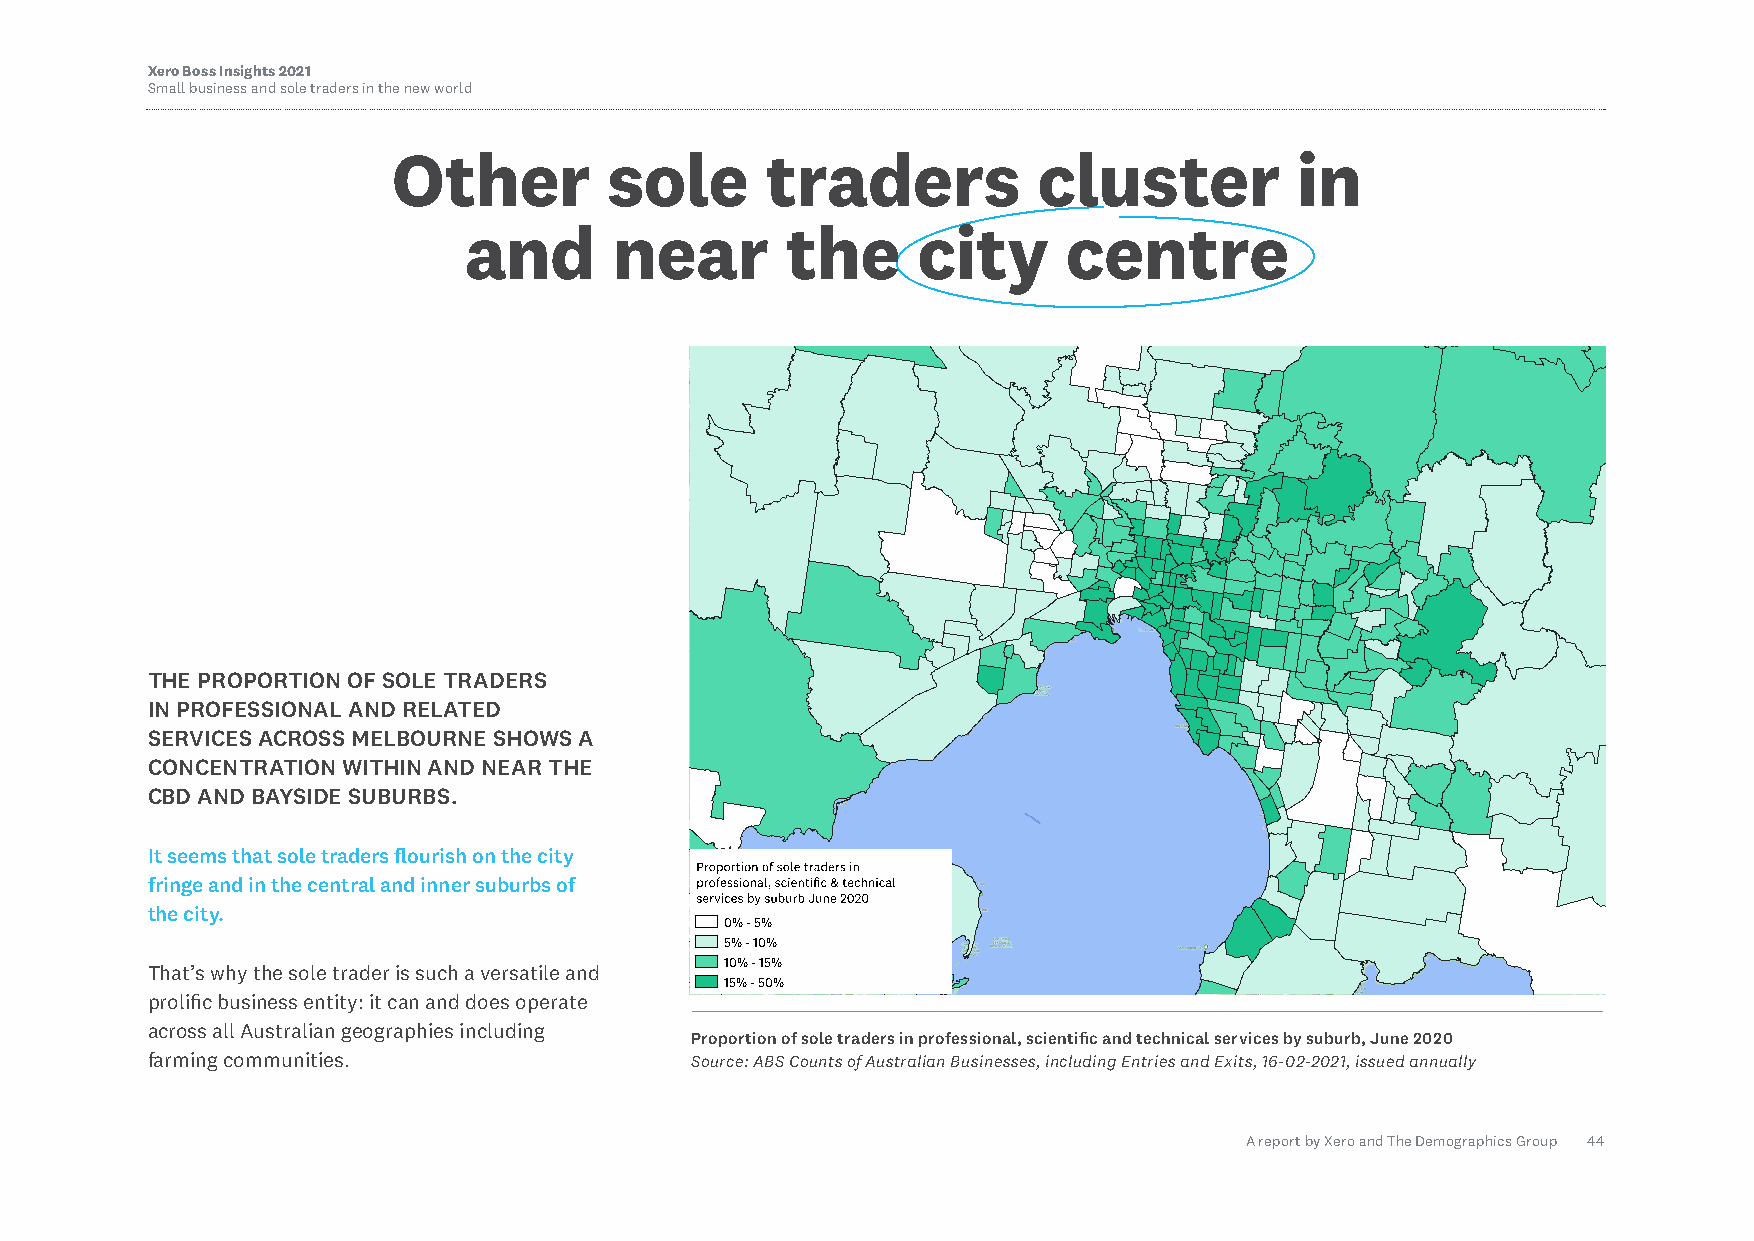
Xero Boss Insights 2021
 Small business and sole traders in the new world
 Other         sole       traders           cluster          in
 and       near       the      city      centre
 THE PROPORTION OF SOLE TRADERS
 IN PROFESSIONAL AND RELATED
 SERVICES ACROSS MELBOURNE SHOWS A
 CONCENTRATION WITHIN AND NEAR THE
 CBD AND BAYSIDE SUBURBS.
 It seems that sole traders flourish on the city
 fringe and in the central and inner suburbs of
 the city.
 0% - 5%
 5% - 10%
 10% - 15%
 That’s why the sole trader is such a versatile and
 15% - 50%
 prolific business entity: it can and does operate
 across all Australian geographies including
 Proportion of sole traders in professional, scientific and technical services by suburb, June 2020
 farming communities.                Source: ABS Counts of Australian Businesses, including Entries and Exits, 16-02-2021, issued annually
 A report by Xero and The Demographics Group 44